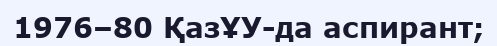
1976–80 ҚазҰУ-да аспирант;